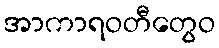
အာကာရဝတီတွေဝ